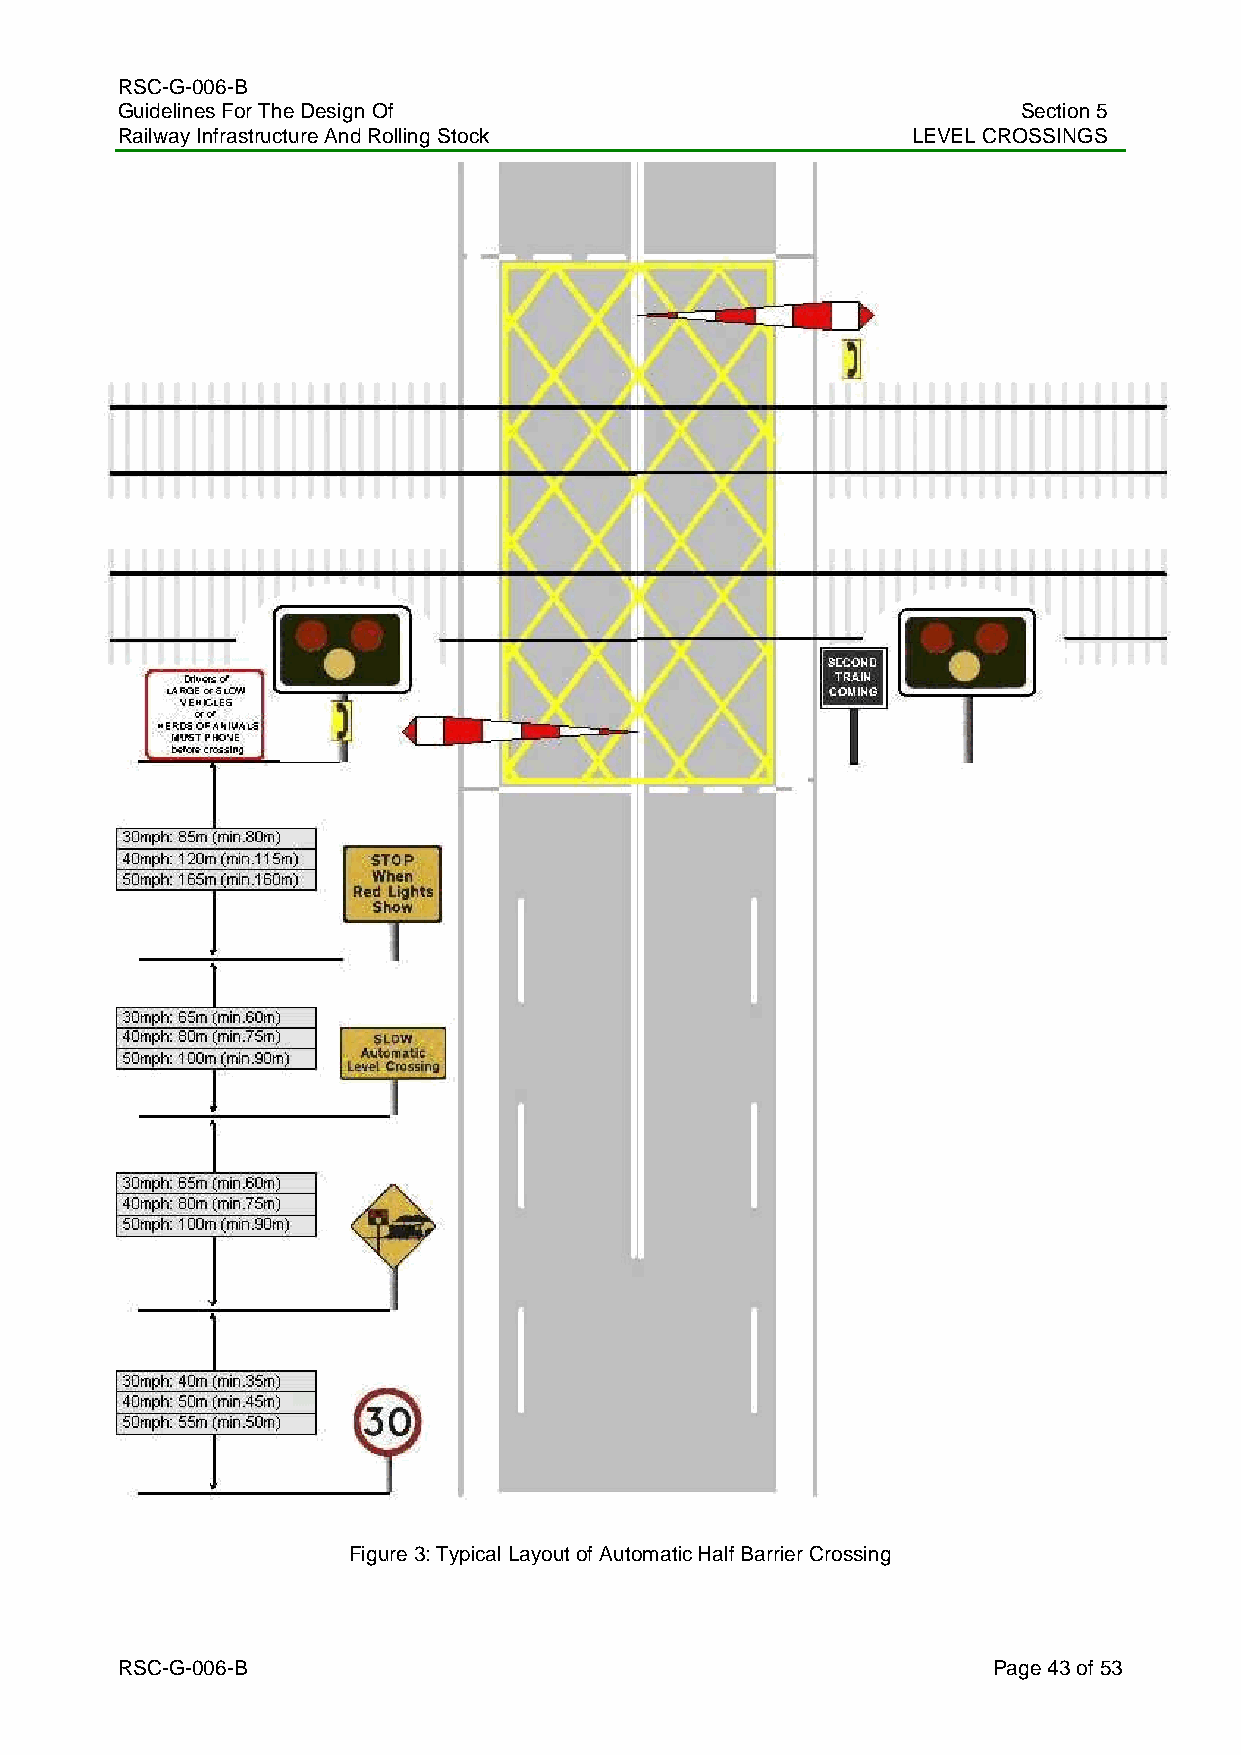
RSC-G-006-B
 Guidelines For The Design Of                                Section 5
 Railway Infrastructure And Rolling Stock            LEVEL CROSSINGS
 Figure 3: Typical Layout of Automatic Half Barrier Crossing
 RSC-G-006-B                                               Page 43 of 53